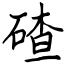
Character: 碴